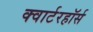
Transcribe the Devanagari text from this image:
क्वार्टरहॉर्स